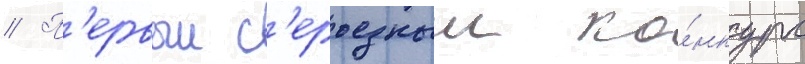
// П'ервыи с'ерьезныи ко́нкурс